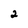
Character: 2